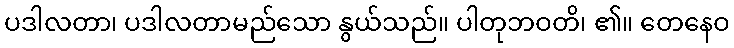
ပဒါလတာ၊ ပဒါလတာမည်သော နွယ်သည်။ ပါတုဘဝတိ၊ ၏။ တေနေဝ